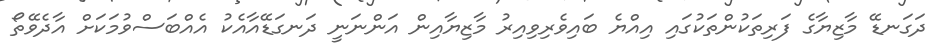
ދަގަނޑޭ މާޒިޔާގެ ފަރިތަކުންތަކުގައި އިއްޔެ ބައިވެރިވިއިރު މާޒިޔާއިން އަންނަނީ ދަނގަޑޭއާއެކު އެއްބަސްވުމަކަށް އާދެވޭތޯ